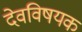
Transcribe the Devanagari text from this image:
देवविषयक